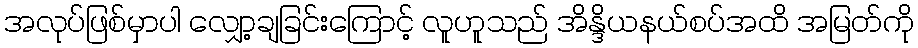
အလုပ်ဖြစ်မှာပါ လျှော့ချခြင်းကြောင့် လူဟူသည် အိန္ဒိယနယ်စပ်အထိ အမြတ်ကို